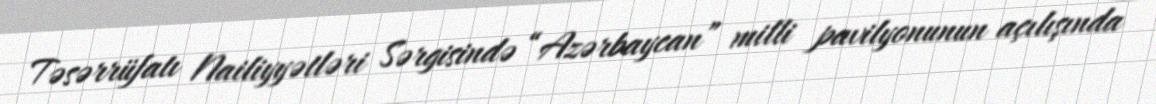
Təsərrüfatı Nailiyyətləri Sərgisində “Azərbaycan” milli pavilyonunun açılışında